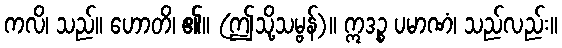
ကလိ၊ သည်။ ဟောတိ၊ ၏။ (ဤသို့သမ္ဗန်)။ ဣဒဉ္စ ပမာဏံ၊ သည်လည်း။